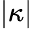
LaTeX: |\kappa|